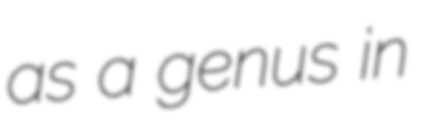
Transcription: as a genus in